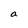
Character: a